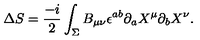
\Delta S = \frac { - i } { 2 } \int _ { \Sigma } B _ { \mu \nu } \epsilon ^ { a b } \partial _ { a } X ^ { \mu } \partial _ { b } X ^ { \nu } .